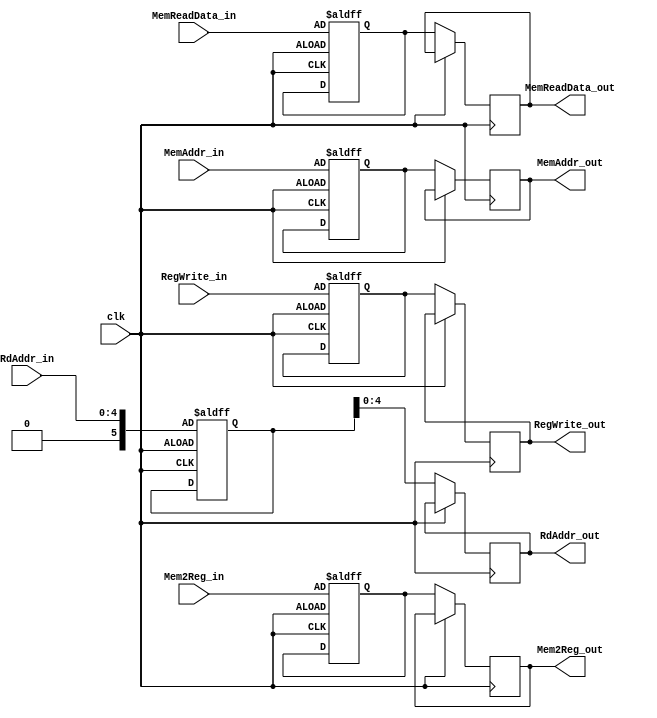
module MEM_WB(

    // Write Back.
    input RegWrite_in, // WB
    input Mem2Reg_in,  //WB

    output reg RegWrite_out, // WB
    output reg Mem2Reg_out,// WB
    
    // Others.

    input clk,
    input [31:0] MemAddr_in,
    input [4:0] RdAddr_in,
    input [31:0] MemReadData_in,


    output reg [31:0] MemReadData_out,
    output reg [4:0] RdAddr_out,
    output reg [31:0] MemAddr_out
);

    // Temp register part.
    
    // Write Back.
    reg RegWrite_reg;
    reg Mem2Reg_reg;

    // Others.
    reg [5:0] RdAddr_reg;
    reg [31:0] MemAddr_reg;
    reg [31:0] MemReadData_reg;


always@(posedge clk or negedge clk)
    begin
        if(clk == 1) // put them in to the reg
            begin
                // Write Back.
                RegWrite_reg = RegWrite_in;
                Mem2Reg_reg = Mem2Reg_in;

                // Others
                RdAddr_reg = RdAddr_in;
                MemAddr_reg = MemAddr_in;
                MemReadData_reg = MemReadData_in;
            end
        else
            begin
                // Write Back.
                RegWrite_out = RegWrite_reg;
                Mem2Reg_out = Mem2Reg_reg;

                // Others
                RdAddr_out = RdAddr_reg;
                MemAddr_out = MemAddr_reg;
                MemReadData_out = MemReadData_reg;
            end
    end


endmodule